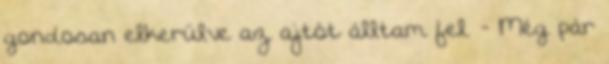
gondosan elkerülve az ajtót álltam fel. - Még pár